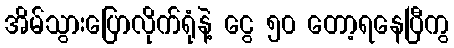
အိမ်သွားပြောလိုက်ရုံနဲ့ ငွေ ၅၀ တော့ရနေပြီကွ